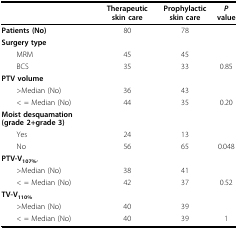
|  | Therapeutic skin care | Prophylactic skin care | P value |
 | --- | --- | --- | --- |
 | Patients (No) | 80 | 78 |  |
 | Surgery type |  |  |  |
 | MRM | 45 | 45 |  |
 | BCS | 35 | 33 | 0.85 |
 | PTV volume |  |  |  |
 | >Median (No) | 36 | 43 |  |
 | < = Median (No) | 44 | 35 | 0.20 |
 | Moist desquamation (grade 2+grade 3) |  |  |  |
 | Yes | 24 | 13 |  |
 | No | 56 | 65 | 0.048 |
 | PTV-V107%, |  |  |  |
 | >Median (No) | 38 | 41 |  |
 | < = Median (No) | 42 | 37 | 0.52 |
 | TV-V110% |  |  |  |
 | >Median (No) | 40 | 39 |  |
 | < = Median (No) | 40 | 39 | 1 |